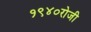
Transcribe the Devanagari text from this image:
१९४०रोजी